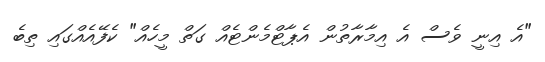
"އެ އިނީ ވެސް އެ އިމާރާތުން އެޕާޓްމެންޓެއް ގަތް މީހެއް" ކެފޭއެއްގައި ތިބެ